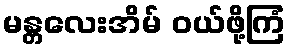
မန္တလေးအိမ် ဝယ်ဖို့ကြံ